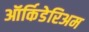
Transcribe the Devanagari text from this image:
ऑर्किडेरिअम